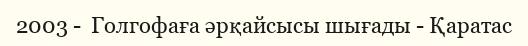
2003 -  Голгофаға әрқайсысы шығады - Қаратас